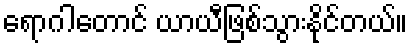
ရောဂါတောင် ယာယီဖြစ်သွားနိုင်တယ်။